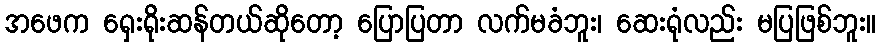
အဖေက ရှေးရိုးဆန်တယ်ဆိုတော့ ပြောပြတာ လက်မခံဘူး၊ ဆေးရုံလည်း မပြဖြစ်ဘူး။